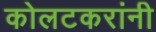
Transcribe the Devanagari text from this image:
कोलटकरांनी